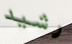
رشيد